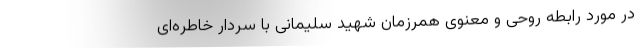
در مورد رابطه روحی و معنوی همرزمان شهید سلیمانی با سردار خاطره‌ای